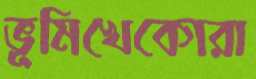
ভূমিখেকোরা